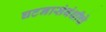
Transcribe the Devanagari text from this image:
घटनासंबंधीचे